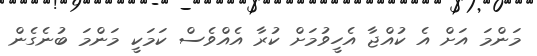
މަންމަ އަށް އެ ކުއްޖާ އެހީވުމަށް ކުރާ އެއްވެސް ކަމަކީ މަންމަ ބުނެގެން